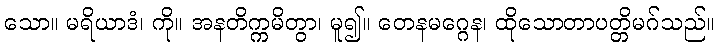
သော။ မရိယာဒံ၊ ကို။ အနတိက္ကမိတွာ၊ မူ၍။ တေနမဂ္ဂေန၊ ထိုသောတာပတ္တိမဂ်သည်။